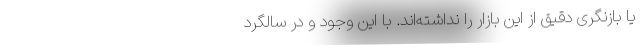
یا بازنگری دقیق از این بازار را نداشته‌اند. با این وجود و در سالگرد